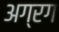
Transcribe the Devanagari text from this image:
अग्रग